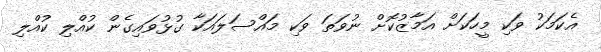
އެކަމަކު ވަކި މީހަކަށް އަމާޒުކޮށް ނުވަތަ ވަކި މައްސަލައަކާ ގުޅުވައިގެން ކުއްލި ކުއްލި